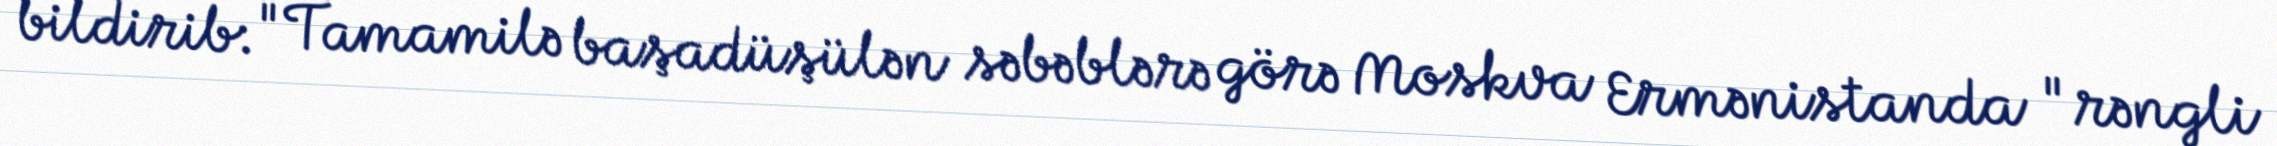
bildirib: "Tamamilə başadüşülən səbəblərə görə Moskva Ermənistanda "rəngli